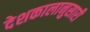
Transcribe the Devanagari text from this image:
देशकालानुसारी